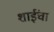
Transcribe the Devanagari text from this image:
शाईंचा